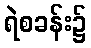
ရဲစခန်း၌